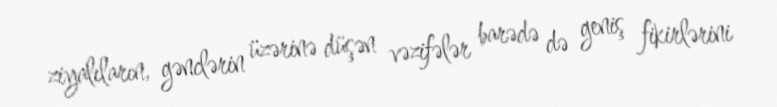
ziyalıların, gənclərin üzərinə düşən vəzifələr barədə də geniş fikirlərini